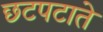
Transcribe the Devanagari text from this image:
छटपटाते